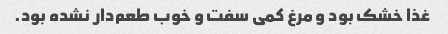
غذا خشک بود و مرغ کمی سفت و خوب طعم‌دار نشده بود.